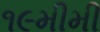
૧૯મીમી